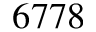
6 7 7 8